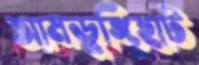
আমডুঙ্গিহাট